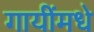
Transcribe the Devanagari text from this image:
गायींमधे